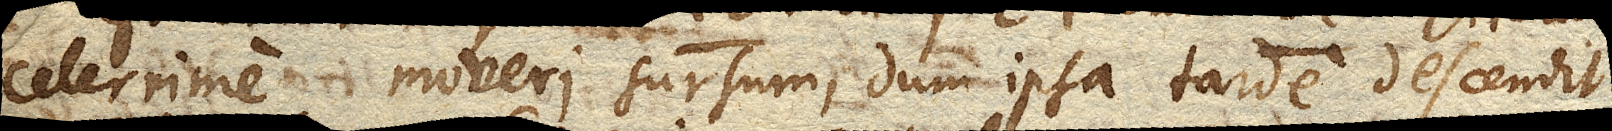
celerrime moveri sursum, dum ipsa tarde descendit